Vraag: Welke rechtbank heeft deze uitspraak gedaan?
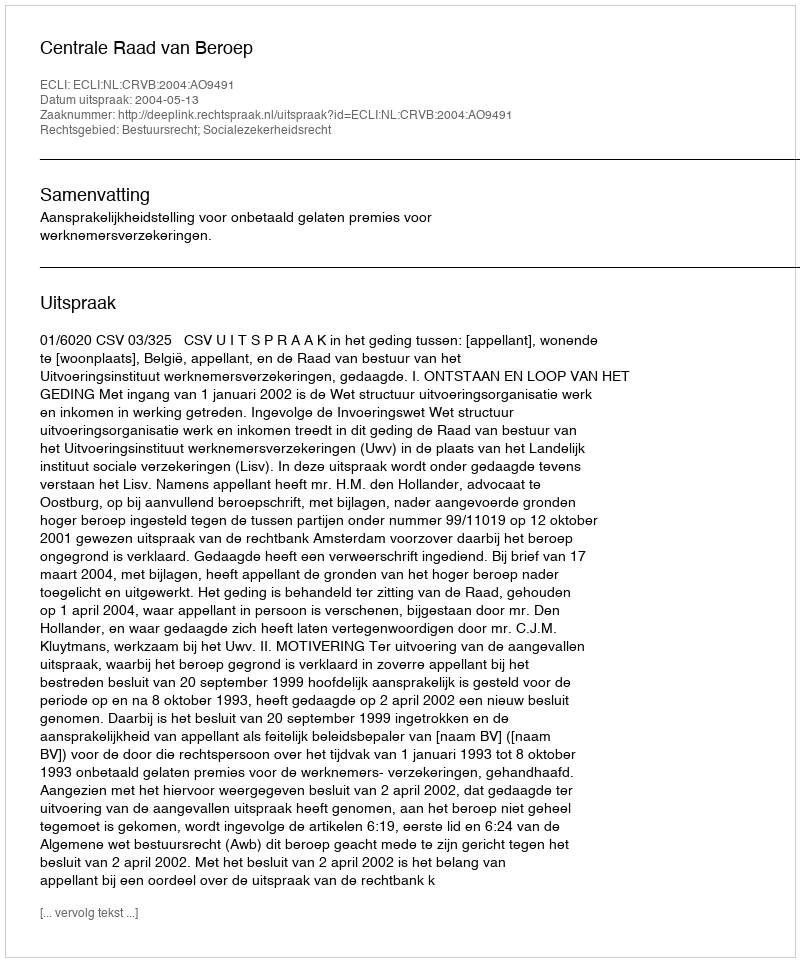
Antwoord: Centrale Raad van Beroep